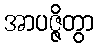
အာပဇ္ဇိတွာ